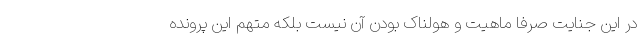
در این جنایت صرفا ماهیت و هولناک بودن آن نیست بلکه متهم این پرونده